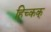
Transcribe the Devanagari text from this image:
हिच्कक्